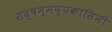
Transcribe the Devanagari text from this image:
सद्षम्मप्पकासिनी